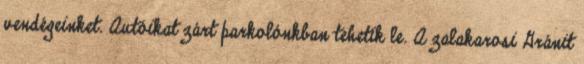
vendégeinket. Autóikat zárt parkolónkban tehetik le. A zalakarosi Gránit